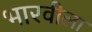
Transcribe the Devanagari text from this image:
भारवीला